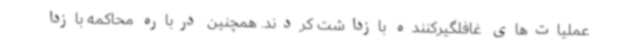
عملیات‌های غافلگیرکننده بازداشت کردند. همچنین درباره محاکمه بازدا